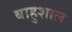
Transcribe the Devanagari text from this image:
बाहुशाल